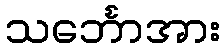
သင်္ဘောအား